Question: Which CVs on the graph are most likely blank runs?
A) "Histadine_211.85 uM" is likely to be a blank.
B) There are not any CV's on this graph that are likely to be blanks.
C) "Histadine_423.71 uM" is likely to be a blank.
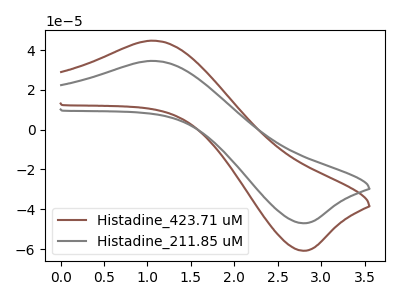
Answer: <think>The brown curve "Histadine_423.71 uM" has an anodic peak at (1.05V, 44.70uA) and a cathodic peak at (2.80V, -60.80uA). The gray curve "Histadine_211.85 uM" has an anodic peak at (1.05V, 34.55uA) and a cathodic peak at (2.80V, -47.00uA).</think>
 <answer>B) There are not any CV's on this graph that are likely to be blanks.</answer>
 <eval>B</eval>